Annual report on the working of the mental hospitals in the Madras Presidency - 1912-1932
Year: 1912
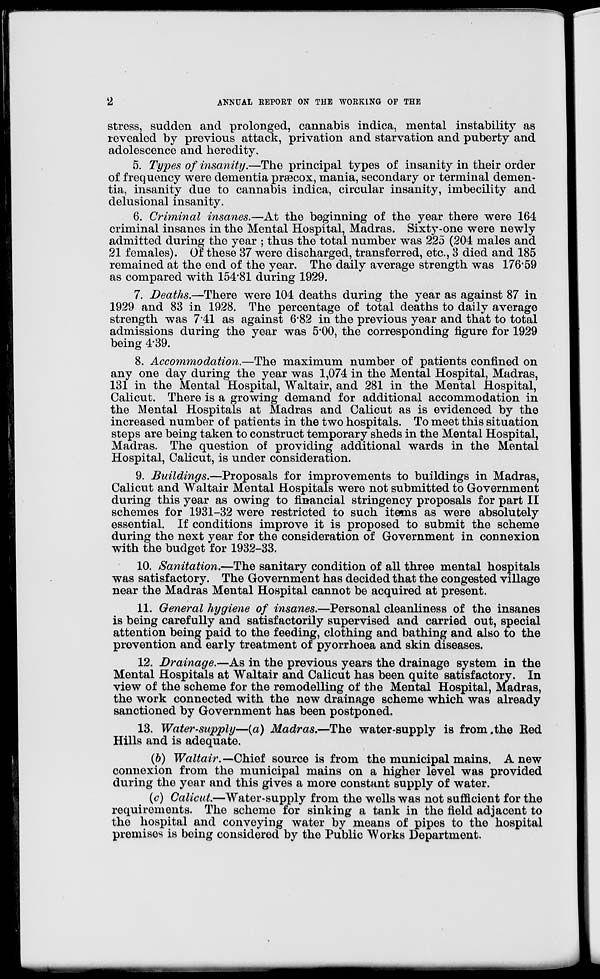
2
ANNUAL REPORT ON THE WORKING OF THE
stress, sudden and prolonged, cannabis indica, mental instability as
revealed by previous attack, privation and starvation and puberty and
adolescence and heredity.
5. Types of insanity.—The principal types of insanity in their order
of frequency were dementia præcox, mania, secondary or terminal demen-
tia, insanity due to cannabis indica, circular insanity, imbecility and
delusional insanity.
6. Criminal insanes.—At the beginning of the year there were 164
criminal insanes in the Mental Hospital, Madras. Sixty-one were newly
admitted during the year ; thus the total number was 225 (204 males and
21 females). Of these 37 were discharged, transferred, etc., 3 died and 185
remained at the end of the year. The daily average strength was 176.59
as compared with 154.81 during 1929.
7. Deaths.—There were 104 deaths during the year as against 87 in
1929 and 83 in 1928. The percentage of total deaths to daily average
strength was 7.41 as against 6.82 in the previous year and that to total
admissions during the year was 5.00, the corresponding figure for 1929
being 4.39.
8. Accommodation.—The maximum number of patients confined on
any one day during the year was 1,074 in the Mental Hospital, Madras,
131 in the Mental Hospital, Waltair, and 281 in the Mental Hospital,
Calicut. There is a growing demand for additional accommodation in
the Mental Hospitals at Madras and Calicut as is evidenced by the
increased number of patients in the two hospitals. To meet this situation
steps are being taken to construct temporary sheds in the Mental Hospital,
Madras. The question of providing additional wards in the Mental
Hospital, Calicut, is under consideration.
9. Buildings.—Proposals for improvements to buildings in Madras,
Calicut and Waltair Mental Hospitals were not submitted to Government
during this year as owing to financial stringency proposals for part II
schemes for 1931-32 were restricted to such items as were absolutely
essential. If conditions improve it is proposed to submit the scheme
during the next year for the consideration of Government in connexion
with the budget for 1932-33.
10. Sanitation.—The sanitary condition of all three mental hospitals
was satisfactory. The Government has decided that the congested village
near the Madras Mental Hospital cannot be acquired at present.
11. General hygiene of insanes.—Personal cleanliness of the insanes
is being carefully and satisfactorily supervised and carried out, special
attention being paid to the feeding, clothing and bathing and also to the
prevention and early treatment of pyorrhoea and skin diseases.
12. Drainage.—As in the previous years the drainage system in the
Mental Hospitals at Waltair and Calicut has been quite satisfactory. In
view of the scheme for the remodelling of the Mental Hospital, Madras,
the work connected with the new drainage scheme which was already
sanctioned by Government has been postponed.
13. Water-supply—(a) Madras.—The water-supply is from the Red
Hills and is adequate.
(b) Waltair.— Chief source is from the municipal mains. A new
connexion from the municipal mains on a higher level was provided
during the year and this gives a more constant supply of water.
(c) Calicut.—Water-supply from the wells was not sufficient for the
requirements. The scheme for sinking a tank in the field adjacent to
the hospital and conveying water by means of pipes to the hospital
premises is being considered by the Public Works Department.